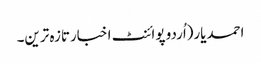
احمدیار(اُردو پوائنٹ اخبارتازہ ترین۔